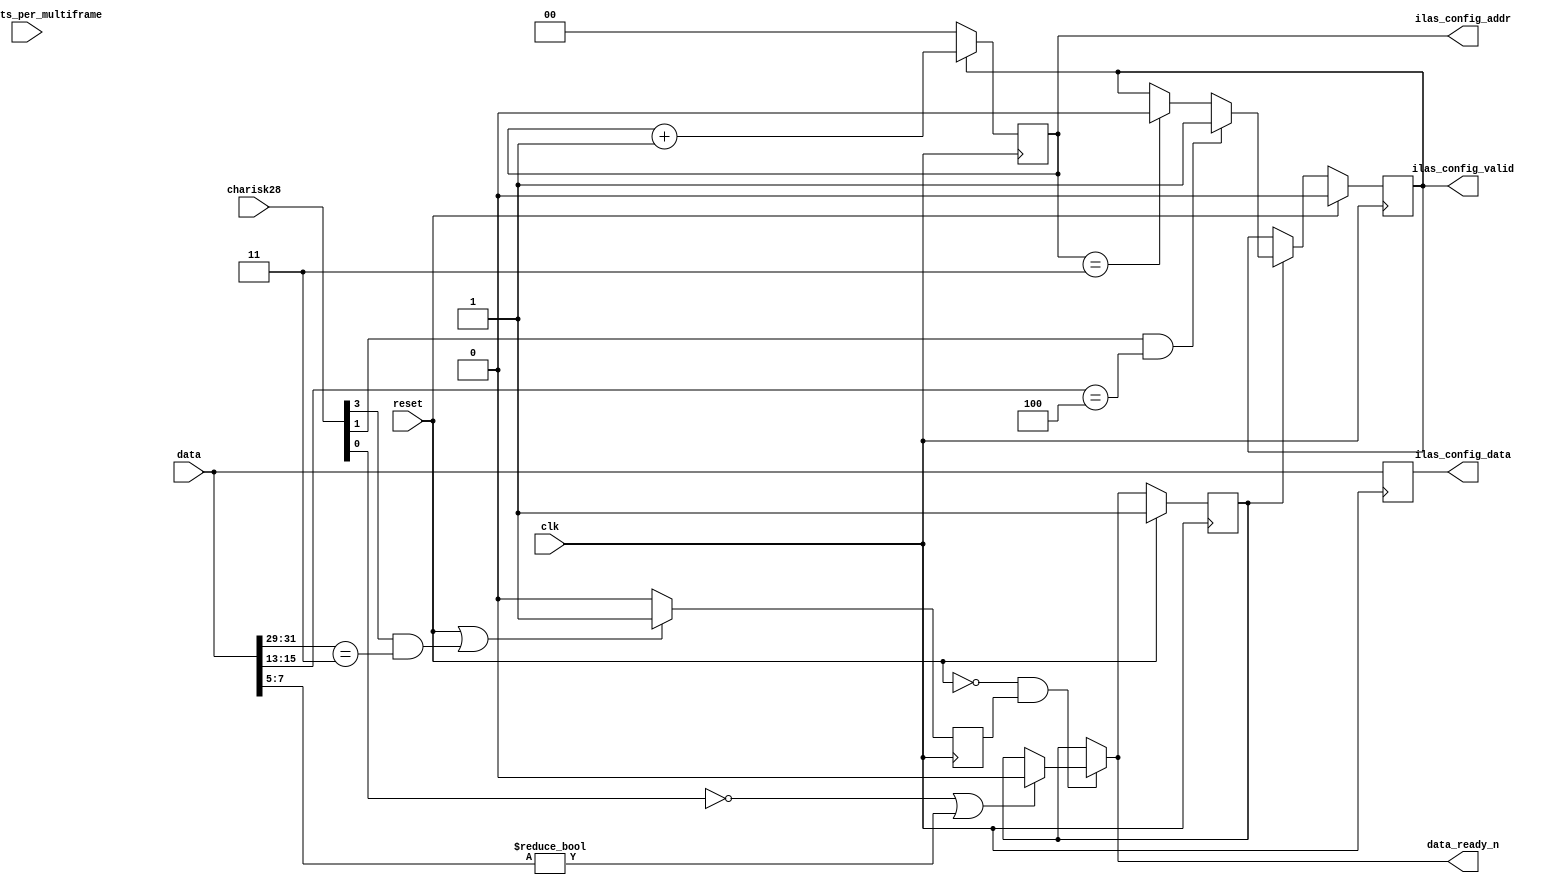
// ***************************************************************************
// ***************************************************************************
// Copyright (C) 2017, 2018, 2020-2022 Analog Devices, Inc. All rights reserved.
// SPDX short identifier: ADIJESD204
// ***************************************************************************
// ***************************************************************************

`timescale 1ns/100ps

module jesd204_ilas_monitor #(
  parameter DATA_PATH_WIDTH = 4
) (
  input clk,
  input reset,

  input [9:0] cfg_octets_per_multiframe,
  input [DATA_PATH_WIDTH*8-1:0] data,
  input [DATA_PATH_WIDTH-1:0] charisk28,

  output reg ilas_config_valid,
  output reg [1:0] ilas_config_addr,
  output reg [DATA_PATH_WIDTH*8-1:0] ilas_config_data,

  output data_ready_n
);

  localparam STATE_ILAS = 1'b1;
  localparam STATE_DATA = 1'b0;
  localparam ILAS_DATA_LENGTH = (DATA_PATH_WIDTH == 4) ? 4 : 2;

  wire octets_per_mf_4_mod_8 = (DATA_PATH_WIDTH == 8) && ~cfg_octets_per_multiframe[2];
  reg state = STATE_ILAS;
  reg next_state;
  reg prev_was_last = 1'b0;
  wire ilas_config_start;
  reg ilas_config_valid_i;
  reg [1:0] ilas_config_addr_i;
  reg [DATA_PATH_WIDTH*8-1:0] ilas_config_data_i;

  assign data_ready_n = next_state;

  always @(*) begin
    next_state = state;
    if (reset == 1'b0 && prev_was_last == 1'b1) begin
      if (charisk28[0] != 1'b1 || data[7:5] != 3'h0) begin
        next_state = STATE_DATA;
      end
    end
  end

  always @(posedge clk) begin
    if (reset == 1'b1) begin
      state <= STATE_ILAS;
    end else begin
      state <= next_state;
    end
  end

  always @(posedge clk) begin
    if (reset == 1'b1 || (charisk28[DATA_PATH_WIDTH-1] == 1'b1 && data[(DATA_PATH_WIDTH*8)-1:(DATA_PATH_WIDTH*8)-3] == 3'h3)) begin
      prev_was_last <= 1'b1;
    end else begin
      prev_was_last <= 1'b0;
    end
  end

  always @(posedge clk) begin
    if (reset == 1'b1) begin
      ilas_config_valid_i <= 1'b0;
    end else if (state == STATE_ILAS) begin
      if (ilas_config_start) begin
        ilas_config_valid_i <= 1'b1;
      end else if (ilas_config_addr_i == (ILAS_DATA_LENGTH-1)) begin
        ilas_config_valid_i <= 1'b0;
      end
    end
  end

  always @(posedge clk) begin
    if (ilas_config_valid_i == 1'b0) begin
      ilas_config_addr_i <= 1'b0;
    end else if (ilas_config_valid_i == 1'b1) begin
      ilas_config_addr_i <= ilas_config_addr_i + 1'b1;
    end
  end

  always @(posedge clk) begin
    ilas_config_data_i <= data;
  end

  generate
  if(DATA_PATH_WIDTH == 4) begin : gen_dp_4

  assign ilas_config_start = charisk28[1] && (data[15:13] == 3'h4);

  always @(*) begin
    ilas_config_valid = ilas_config_valid_i;
    ilas_config_addr = ilas_config_addr_i;
    ilas_config_data = ilas_config_data_i;
  end

  end else begin : gen_dp_8

  assign ilas_config_start = octets_per_mf_4_mod_8 ?
    (charisk28[5] && (data[47:45] == 3'h4)) :
    (charisk28[1] && (data[15:13] == 3'h4));

  always @(posedge clk) begin
    if (reset == 1'b1) begin
      ilas_config_valid <= 1'b0;
    end else begin
      ilas_config_valid <= ilas_config_valid_i;
    end
  end

  always @(posedge clk) begin
    ilas_config_addr <= ilas_config_addr_i;
    ilas_config_data <= octets_per_mf_4_mod_8 ? {data[31:0], ilas_config_data_i[63:32]} : ilas_config_data_i;
  end
  end
  endgenerate

endmodule